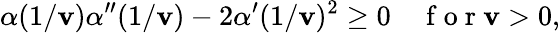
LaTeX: \alpha(1/\mathbf{v})\alpha^{\prime\prime}(1/\mathbf{v})-2\alpha^{\prime}(1/\mathbf{v})^{2}\geq0\quad\mathrm{{~f~o~r~}}\mathbf{v}>0,